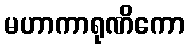
မဟာကာရုဏိကော